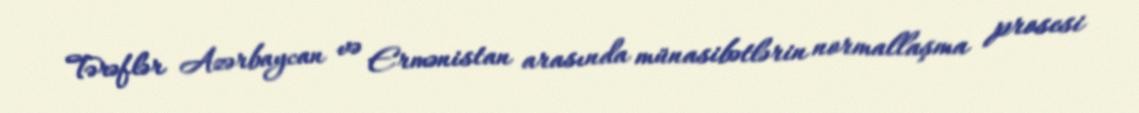
Tərəflər Azərbaycan və Ermənistan arasında münasibətlərin normallaşma prosesi